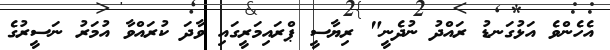
އެހެންވެ އަޅުގަނޑު ރައްދު ނުދެނީ" ރިޔާސީ ޕްރައިމަރީގައި ވާދަ ކުރައްވާ އުމަރު ނަސީރުގެ